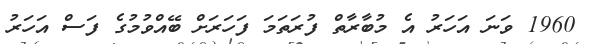
1960 ވަނަ އަހަރު އެ މުބާރާތް ފުރަތަމަ ފަހަރަށް ބޭއްވުމުގެ ފަސް އަހަރު